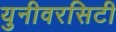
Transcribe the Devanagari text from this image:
युनीवरसिटी